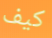
كيف